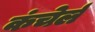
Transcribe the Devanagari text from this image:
कंचेर्ल